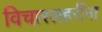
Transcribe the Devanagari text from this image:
विचारलहरींना